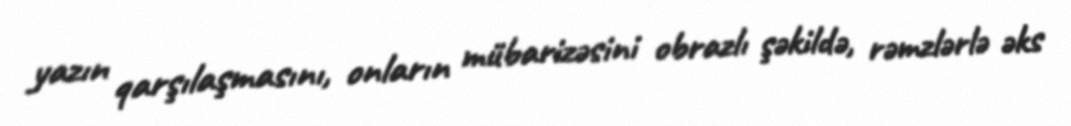
yazın qarşılaşmasını, onların mübarizəsini obrazlı şəkildə, rəmzlərlə əks